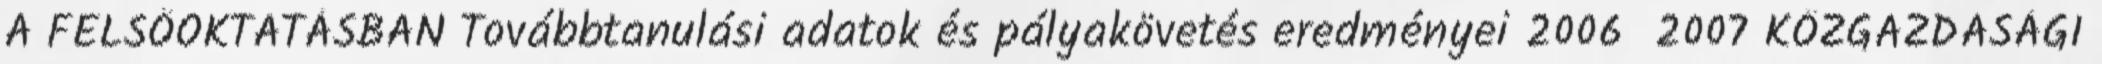
A FELSŐOKTATÁSBAN Továbbtanulási adatok és pályakövetés eredményei 2006 2007 KÖZGAZDASÁGI